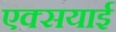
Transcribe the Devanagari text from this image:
एक्सयाई